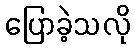
ပြောခဲ့သလို